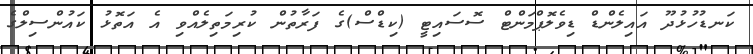
ކަނޑުހުޅުދޫ އައިލެންޑް ޑިވެލޮޕްމަންޓް ސޮސައިޓީ (ކިޑްސް)ގެ ފަރާތުން ކުރިމަތިލެއްވި އެ އަތޮޅު ކައުންސިލްގެ